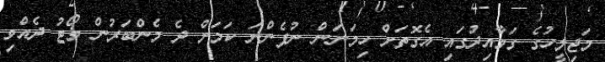
މަޖިލީހުގެ ގަވާއިދުގައި އެގޮތަށް ހިމަނަން ނުފެންނަ ކަމަށް ދެ މެންބަރުން ވޯޓު ދެއްވި